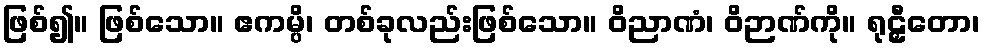
ဖြစ်၍။ ဖြစ်သော။ ဧကမ္ပိ၊ တစ်ခုလည်းဖြစ်သော။ ဝိညာဏံ၊ ဝိဉာဏ်ကို။ ရုဠှီတော၊